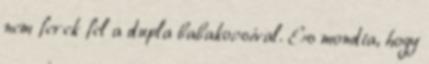
nem ferek fel a dupla babakocsival. Es mondta, hogy